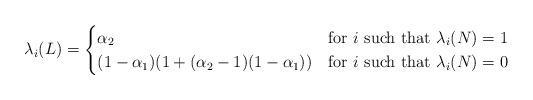
LaTeX: \begin{align*}\lambda_{i}(L)=\begin{cases}\alpha_2 & {\hbox{for $i$ such that }} \lambda_{i}(N)=1\\(1-\alpha_1)(1+(\alpha_2-1)(1-\alpha_1))& {\hbox{for $i$ such that }} \lambda_{i}(N)=0\\\end{cases}\end{align*}